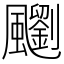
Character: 䬟